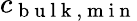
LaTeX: c_{\mathrm{~b~u~l~k~,~m~i~n~}}